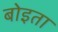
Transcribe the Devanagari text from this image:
बोइता